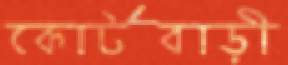
কোর্টবাড়ী